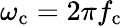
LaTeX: \omega_{\mathrm{c}}=2\pi f_{\mathrm{c}}